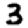
Digit: 3